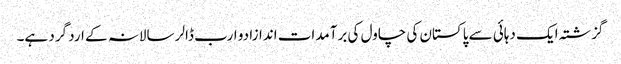
گزشتہ ایک دہائی سے پاکستان کی چاول کی برآمدات اندازا دو ارب ڈالر سالانہ کے ارد گرد ہے۔